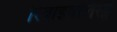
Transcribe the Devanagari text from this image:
रिवाइवलिस्ट्स